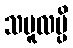
သမူလမ္ပိ